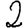
Digit: 2